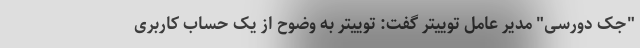
"جک دورسی" مدیر عامل توییتر گفت: توییتر به وضوح از یک حساب کاربری